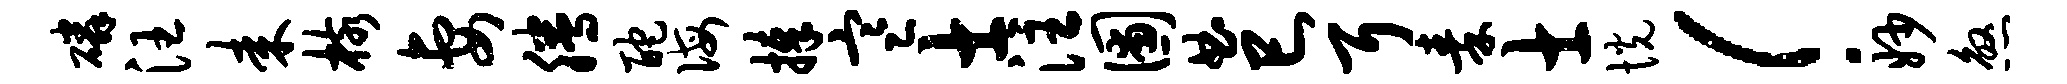
磷汪耒核妻腾酡诲捧寒士注圃曲巳耳秦士恍！妙煞